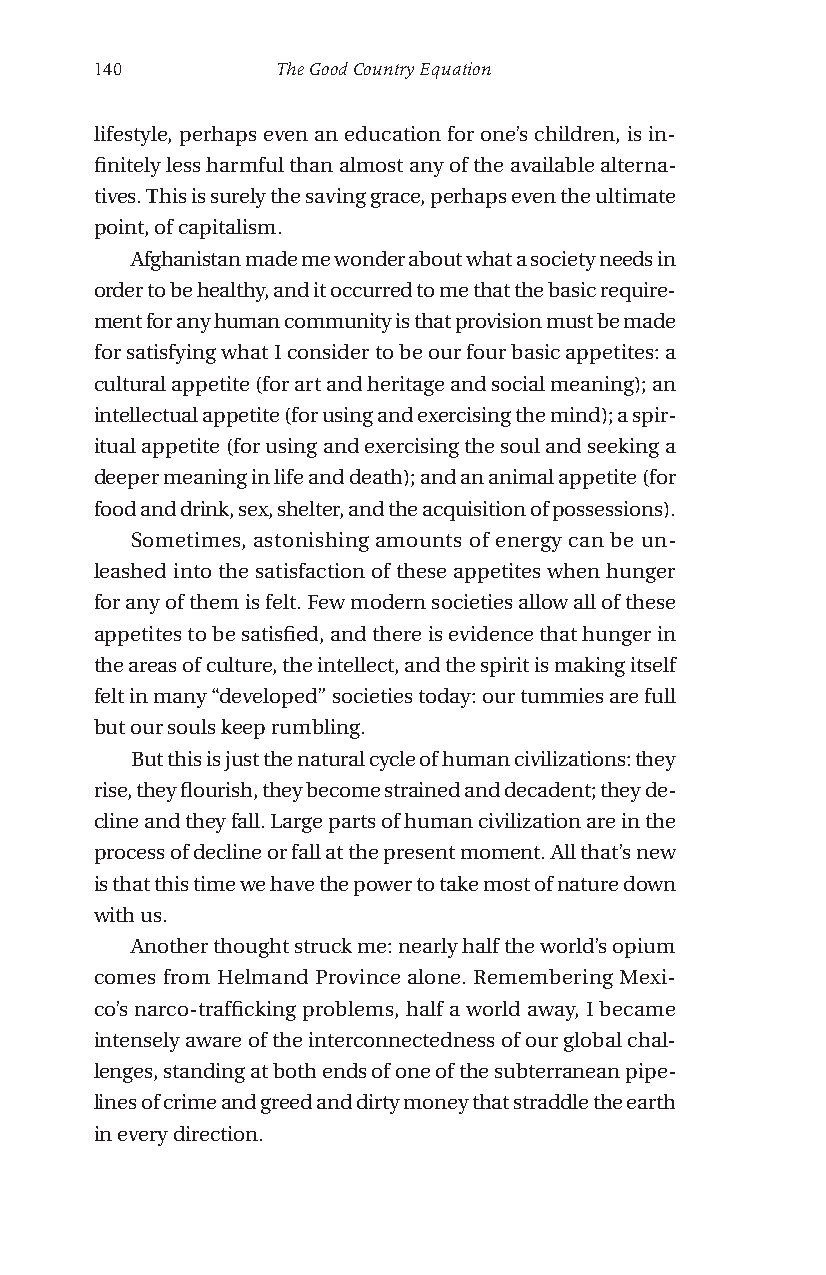
140         The Good Country Equation
 lifestyle, perhaps even an education for one’s children, is in-
 finitely less harmful than almost any of the available alterna-
 tives. This is surely the saving grace, perhaps even the ultimate
 point, of capitalism.
 Afghanistan made me wonder about what a society needs in
 order to be healthy, and it occurred to me that the basic require-
 ment for any human community is that provision must be made
 for satisfying what I consider to be our four basic appetites: a
 cultural appetite (for art and heritage and social meaning); an
 intellectual appetite (for using and exercising the mind); a spir-
 itual appetite (for using and exercising the soul and seeking a
 deeper meaning in life and death); and an animal appetite (for
 food and drink, sex, shelter, and the acquisition of possessions).
 Sometimes, astonishing amounts of energy can be un-
 leashed into the satisfaction of these appetites when hunger
 for any of them is felt. Few modern societies allow all of these
 appetites to be satisfied, and there is evidence that hunger in
 the areas of culture, the intellect, and the spirit is making itself
 felt in many “developed” societies today: our tummies are full
 but our souls keep rumbling.
 But this is just the natural cycle of human civilizations: they
 rise, they flourish, they become strained and decadent; they de-
 cline and they fall. Large parts of human civilization are in the
 process of decline or fall at the present moment. All that’s new
 is that this time we have the power to take most of nature down
 with us.
 Another thought struck me: nearly half the world’s opium
 comes from Helmand Province alone. Remembering Mexi-
 co’s narco-trafficking problems, half a world away, I became
 intensely aware of the interconnectedness of our global chal-
 lenges, standing at both ends of one of the subterranean pipe-
 lines of crime and greed and dirty money that straddle the earth
 in every direction.